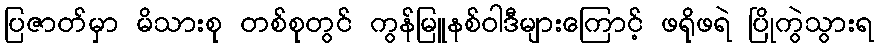
ပြဇာတ်မှာ မိသားစု တစ်စုတွင် ကွန်မြူနစ်ဝါဒီများကြောင့် ဖရိုဖရဲ ပြိုကွဲသွားရ